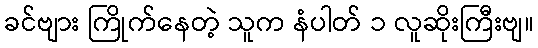
ခင်ဗျား ကြိုက်နေတဲ့ သူက နံပါတ် ၁ လူဆိုးကြီးဗျ။